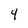
Character: 4